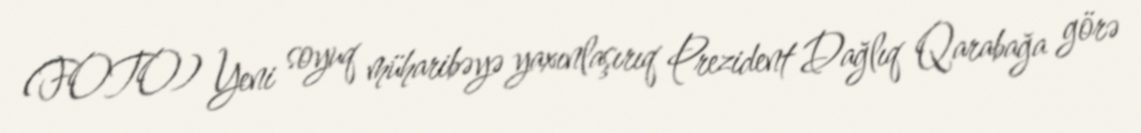
(FOTO) Yeni soyuq müharibəyə yaxınlaşırıq Prezident Dağlıq Qarabağa görə